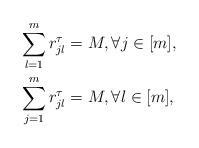
LaTeX: \begin{align*}&\sum\limits_{l=1}^{m}r_{jl}^\tau=M, \forall j\in [m], \\& \sum\limits_{j=1}^{m}r_{jl}^\tau=M, \forall l\in [m], \end{align*}